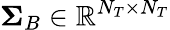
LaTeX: \boldsymbol{\Sigma}_{B}\in\mathbb{R}^{N_{T}\times N_{T}}